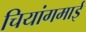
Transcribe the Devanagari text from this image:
चियांगमाई